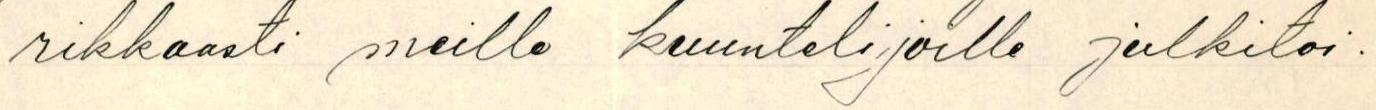
rikkaasti meille kuuntelijoille julkitoi.